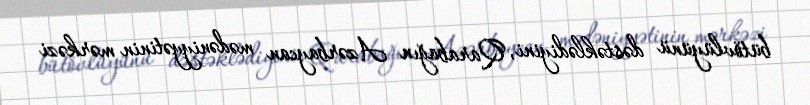
bütövlüyünü dəstəklədiyini, Qarabağın Azərbaycan mədəniyyətinin mərkəzi